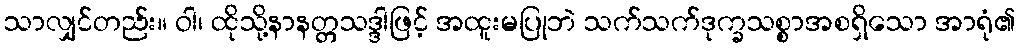
သာလျှင်တည်း။ ဝါ၊ ထိုသို့နာနတ္တသဒ္ဒါဖြင့် အထူးမပြုဘဲ သက်သက်ဒုက္ခသစ္စာအစရှိသော အာရုံ၏